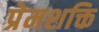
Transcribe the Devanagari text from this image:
प्रेमशक्ति